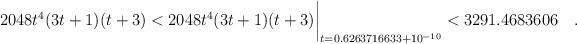
LaTeX: \begin{align*}2048 t^4(3t+1)(t+3) < 2048 t^4(3t+1)(t+3)\biggr\rvert_{t=0.6263716633 + 10^{-10}} < 3291.4683606\quad.\end{align*}